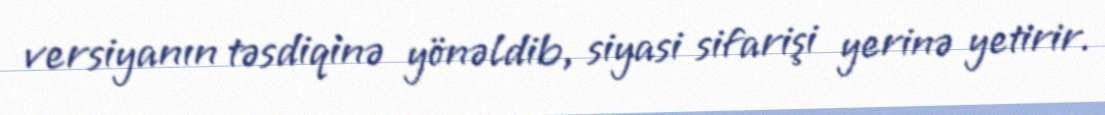
versiyanın təsdiqinə yönəldib, siyasi sifarişi yerinə yetirir.